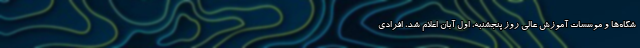
شگاه‌ها و موسسات آموزش عالی روز پنجشنبه، اول آبان اعلام شد، افرادی